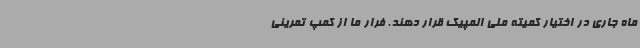
‌ماه جاری در اختیار کمیته ملی المپیک قرار دهند. فرار ما از کمپ تمرینی